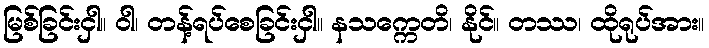
မြစ်ခြင်းငှါ။ ဝါ၊ တန့်ရပ်စေခြင်းငှါ။ နသက္ကေတိ၊ နိုင်။ တဿ၊ ထိုရုပ်အား။